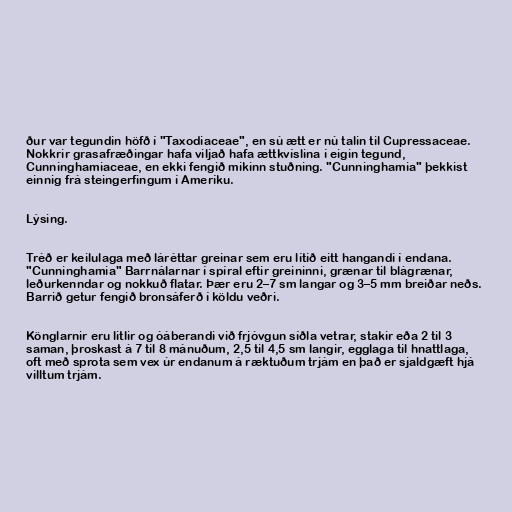
ður var tegundin höfð í "Taxodiaceae", en sú ætt er nú talin til Cupressaceae.
Nokkrir grasafræðingar hafa viljað hafa ættkvíslina í eigin tegund,
Cunninghamiaceae, en ekki fengið mikinn stuðning. "Cunninghamia" þekkist
einnig frá steingerfingum í Ameríku.

Lýsing.

Tréð er keilulaga með láréttar greinar sem eru lítið eitt hangandi í endana.
"Cunninghamia" Barrnálarnar í spíral eftir greininni, grænar til blágrænar,
leðurkenndar og nokkuð flatar. Þær eru 2–7 sm langar og 3–5 mm breiðar neðs.
Barrið getur fengið bronsáferð í köldu veðri.

Könglarnir eru litlir og óáberandi við frjóvgun síðla vetrar, stakir eða 2 til 3
saman, þroskast á 7 til 8 mánuðum, 2,5 til 4,5 sm langir, egglaga til hnattlaga,
oft með sprota sem vex úr endanum á ræktuðum trjám en það er sjaldgæft hjá
villtum trjám.